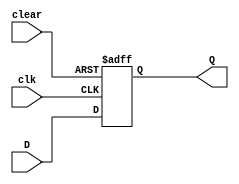
module DFF_ASYNC_CLEAR (
    input wire D,
    input wire clk,
    input wire clear,
    output reg Q
);

always @(posedge clk or negedge clear)
begin
    if(clear == 1'b0) begin
        Q <= 1'b0;
    end else begin
        Q <= D;
    end
end

endmodule